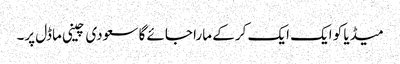
میڈیا کو ایک ایک کر کے مارا جائے گا سعودی چینی ماڈل پر۔